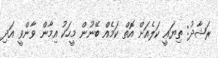
ރަޝާދު: ތިޔައީ ކަލެއަށް އޮތް ކަމެއް ބޭނުން މީހަކު އިމާން ވާންވީ އަދި